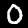
Digit: 0